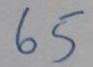
65